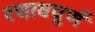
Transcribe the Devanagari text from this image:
रचावपूर्ण